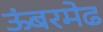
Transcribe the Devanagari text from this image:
ऊंबरमेढ